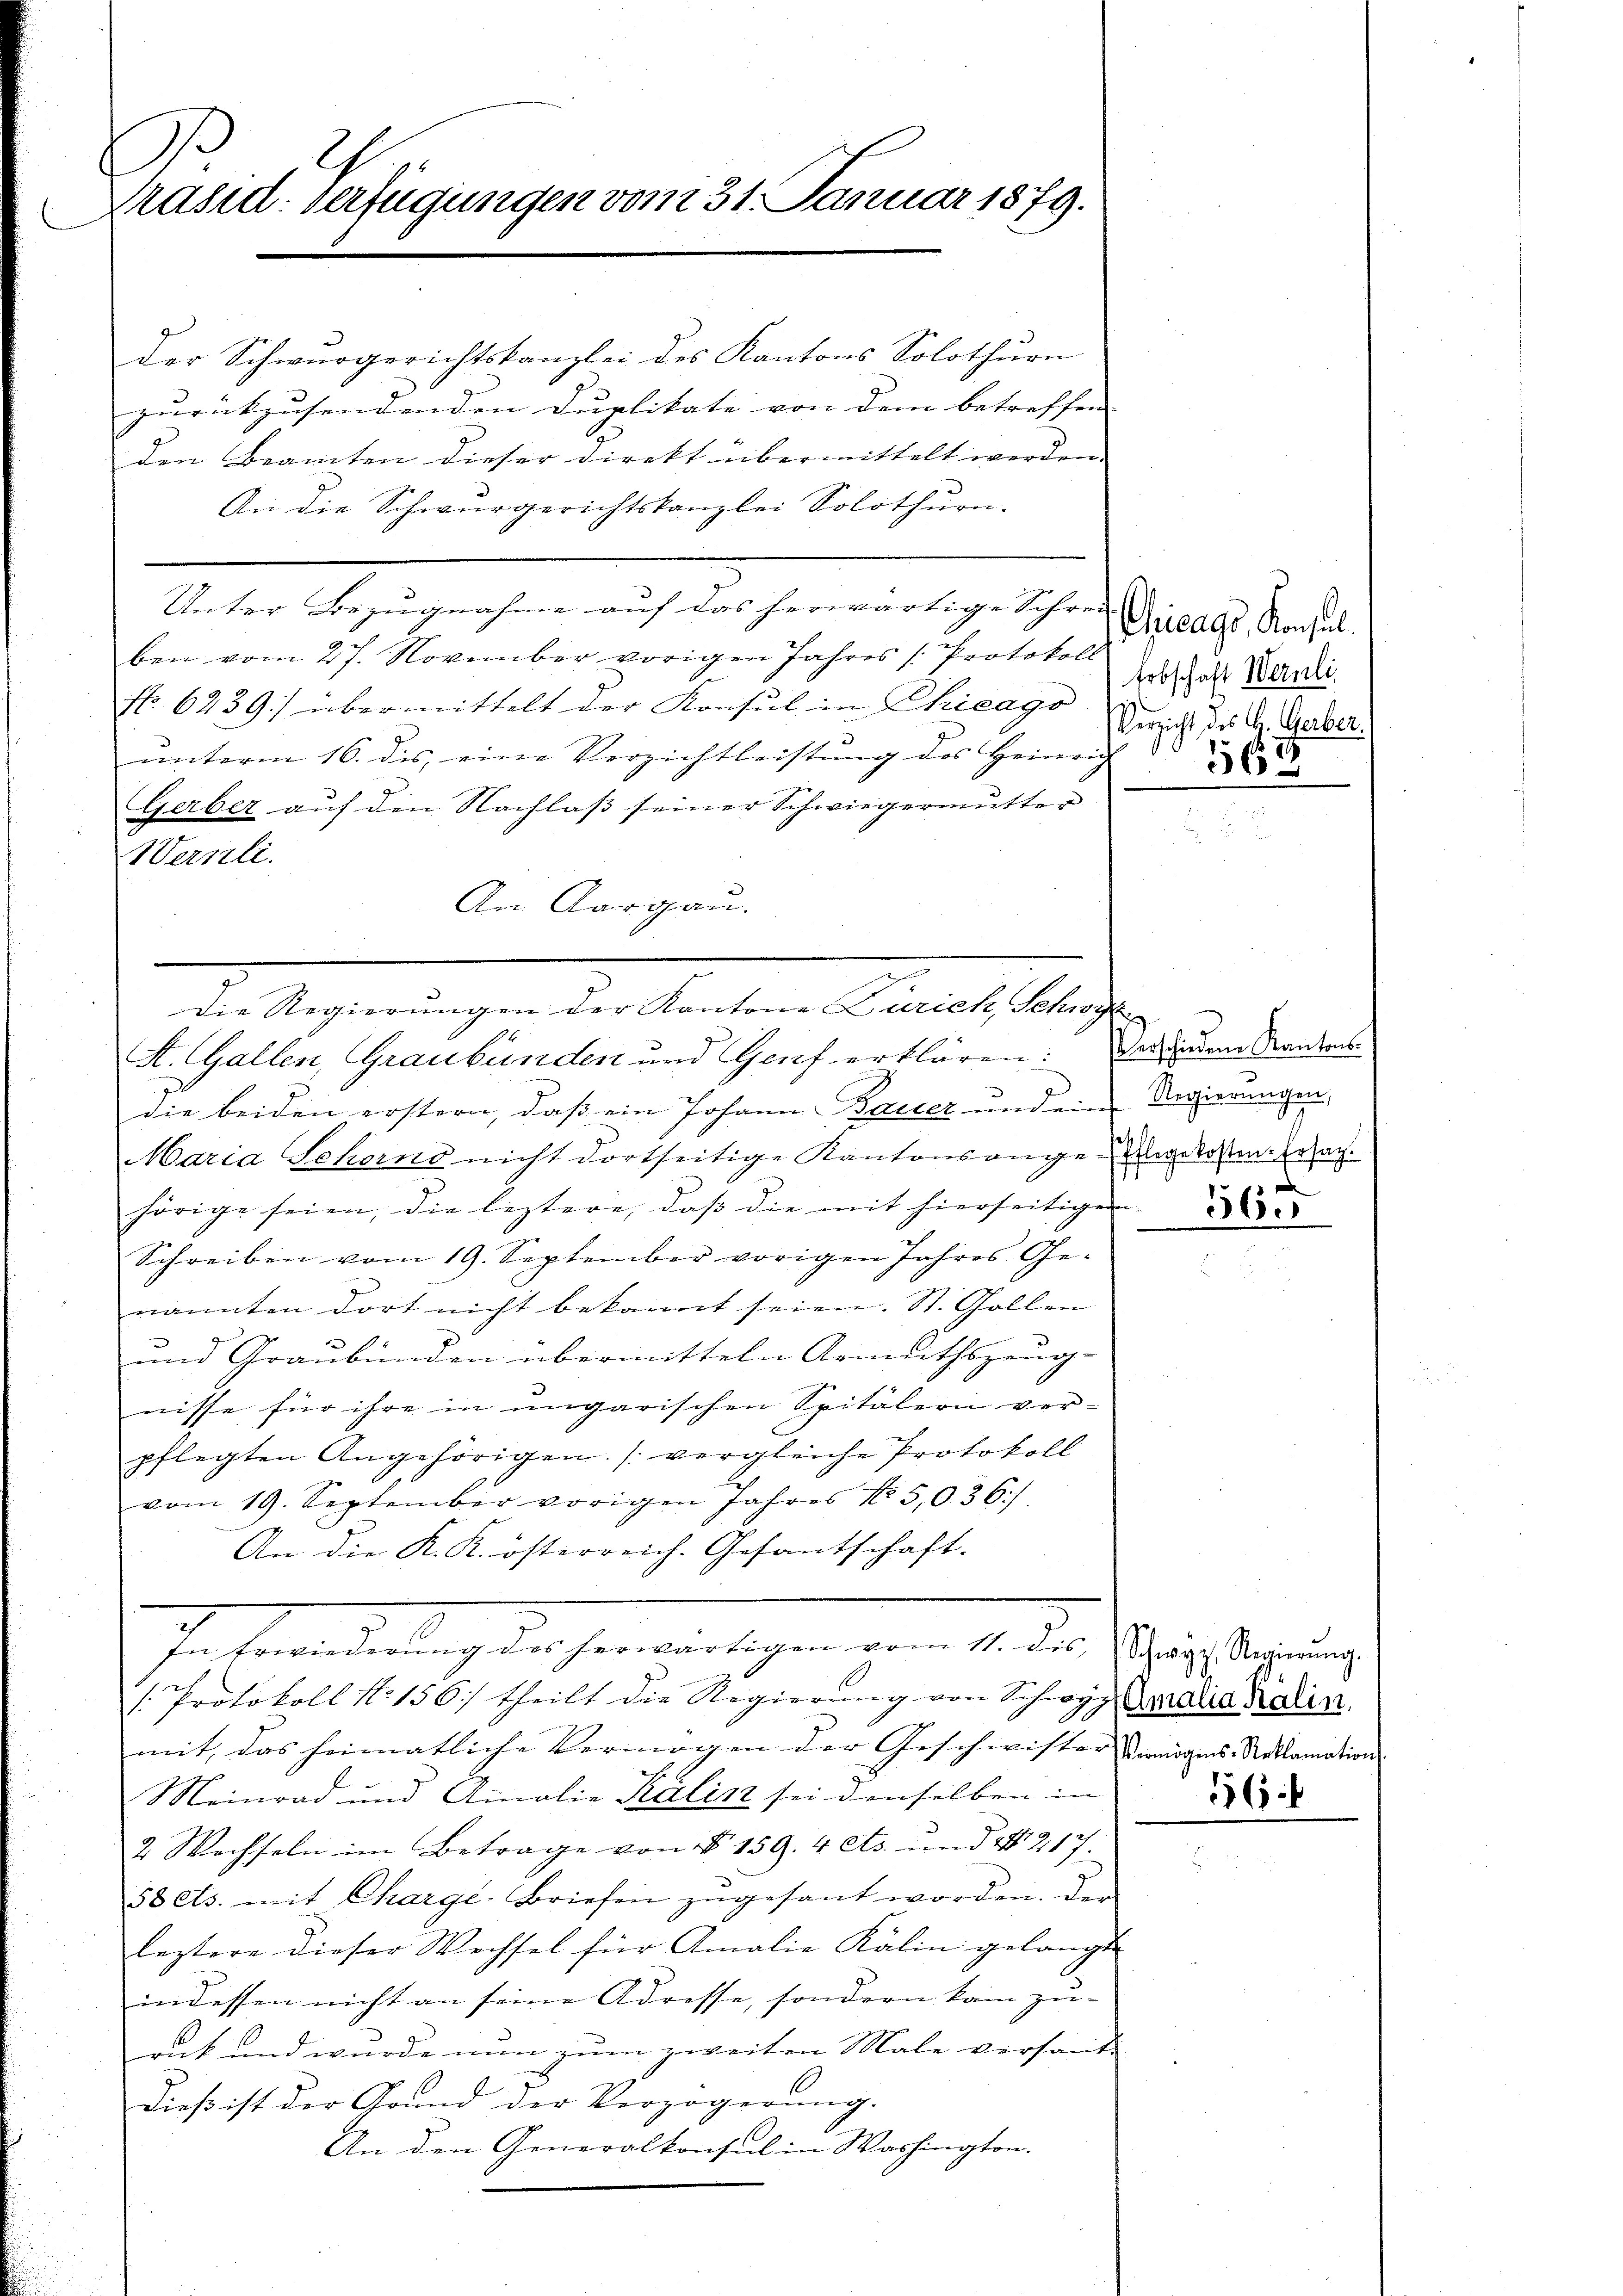
¬

Präsid: Verfügungen vom 31. Januar 1879.

der Schwurgerichtskanzlei des Kantons Solothurn
zurückzusendenden Duplikate von dem betreffen |
den Beamten dieser Direkt übermittelt werden.
An die Schwurgerichtskanzlei Solothurn.
Unter Bezugnahme auf das herwärtige Schrei die als Konsul
ben vom 27. November vorigen Jahres Protokoll
No. 6239) übermittelt der Konsul in Chicago Dr. d. d. d. Geber
unterm 16. dis, eine Verzichtleistung des Heinrich
Gerber auf den Nachlaß seiner Schwiegermutter
Wernli.
An Aargau.
Die Regierungen der Kantone Zürich, Schwyt
St. Gallen, Graubünden und Genf erklären: Der jedem Kantons
die beiden erstern, daß ein Johann Bauter und ein Regierungen,
Maria Schorns nicht dortseitige Kantonsangen Angelosen. Ersac
hörige seien, die leztere, daß die mit hierseitigen
Schreiben vom 19. September vorigen Jahres Ge-
nannten dort nicht bekannt seien. St. Gallen
d
und Graubünden übermitteln Armuthszeug-
nisse für ihre in ungarischen Spitälern ver-
pflegten Angehörigen. (vergleiche Protokoll
vom 19. September vorigen Jahres No 5,036.)
An die K. K. österreich. Gesantschaft.
Jahrens deutung des herwärtigen vom 14. 20.
/. Protokoll No 156.) theilt die Regierung von Schwyz madria Tradin.
mit, das heimatliche Vermögen der Geschwister Vermögens-Reklamation
Meinrad und Ainolie Kälin sei denselben in
2 Wechseln im Betrage von § 159. 4 cts. und § 217.
58ets. mit Chargé-Briefen zŭgesant worden. Der
leztere dieser Wechsel für Amalie Kälin gelangte
indessen nicht an seine Adresse, sondern kam zu-
ruck und wurde nun zum zweiten Male versandt
Dieß ist der Grund der Verzögerung.
An den Generalkonsul in Washington.

Erbschaft Wernli,
56

10 x

36.

Schwyz, Regierŭng.
156